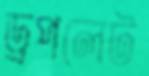
ড্রপলেট